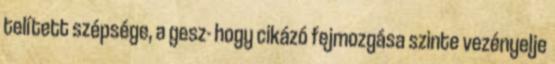
telített szépsége, a gesz- hogy cikázó fejmozgása szinte vezényelje